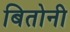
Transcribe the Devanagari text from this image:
बितोनी